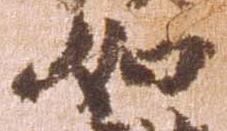
如